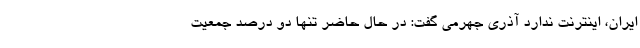
ایران، اینترنت ندارد آذری جهرمی گفت: در حال حاضر تنها دو درصد جمعیت